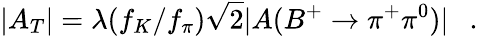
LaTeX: |A_{T}|=\lambda(f_{K}/f_{\pi})\sqrt{2}|A(B^{+}\to\pi^{+}\pi^{0})|~~~.